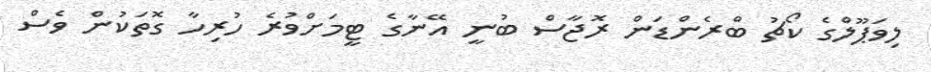
ލިވަޕޫލްގެ ކޯޗު ބްރެންޑަން ރޮޖާސް ބުނީ އޭނާގެ ޓީމަށްވުރެ ހުރިހާ ގޮތަކުން ވެސް